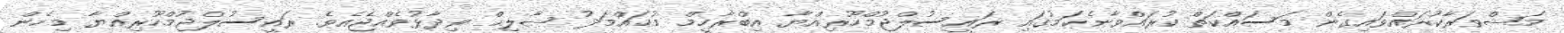
މަޝްވަރާކުރައްވައިގެން މަސައްކަތް ކުރައްވާނެކަމުގައި ރައީސުލްޖުމްހޫރިއްޔާ އިބްރާހީމް މުޙައްމަދު ޞާލިޙް ވިދާޅުވެއްޖެއެވެ. ރައީސުލްޖުމްހޫރިއްޔާ މިހެން